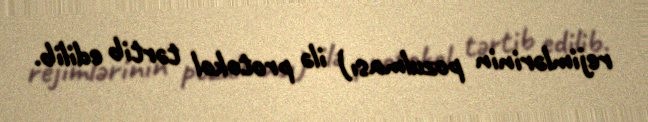
rejimlərinin pozulması) ilə protokol tərtib edilib.